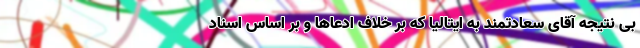
بی نتیجه آقای سعادتمند به ایتالیا که بر خلاف ادعاها و بر اساس اسناد